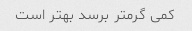
کمی گرمتر برسد بهتر است